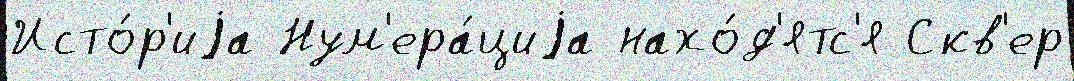
Исто́р'иjа Нум'ера́циjа нахо́д'ятс'я Скв'ер